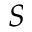
S